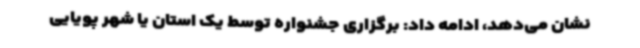
نشان می‌دهد، ادامه داد: برگزاری جشنواره توسط یک استان یا شهر پویایی